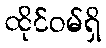
ထိုင်ဝမ်ရှိ